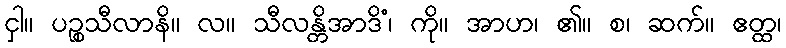
ငှါ။ ပဉ္စသီလာနိ။ လ။ သီလန္တိအာဒိံ၊ ကို။ အာဟ၊ ၏။ စ၊ ဆက်။ ဧတ္ထ၊